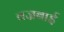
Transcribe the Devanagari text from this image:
वज्रबाई